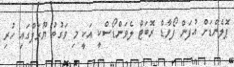
ޕޮލެންޑަށް އުފަން ފޯވާޑް ރޮބަޓް ލެވަންޑޯސްކީ އަކީ މި ވަގުތު ޔޫރަޕްގައި ހުރި